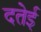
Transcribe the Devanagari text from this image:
दतेई